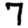
Digit: 7